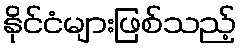
နိုင်ငံများဖြစ်သည့်